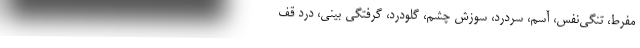
مفرط، تنگی‌نفس، آسم، سردرد، سوزش چشم، گلودرد، گرفتگی بینی، درد قف